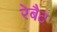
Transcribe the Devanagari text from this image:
रेबैट